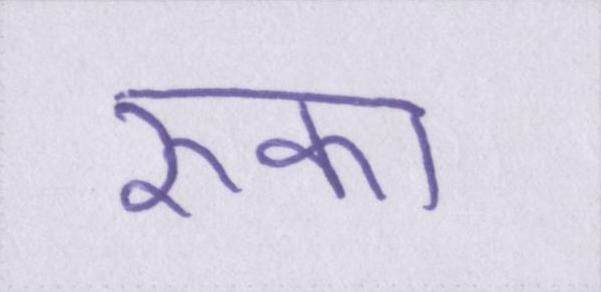
रुका